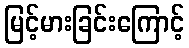
မြင့်မားခြင်းကြောင့်